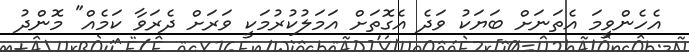
އެހެންވީމަ އެތަނަށް ބަޔަކު ވަދެ އެގޮތަށް އަމަލުކުރުމަކީ ވަރަށް ދެރަވާ ކަމެއް" މޮންދު